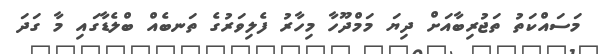
މަސައްކަތު ތަޖުރިބާއަށް ދިޔަ މަމްދޫހާ މިހާރު ފެލިވަރުގެ ތަނބެއް ބްލެޑާގައި މާ ގަދަ